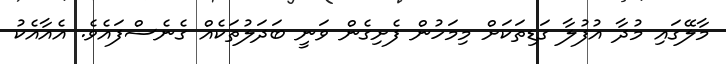
މާލޭގައި މުދާ އުފުލާ ގަޑިތަކަށް މިމަހުން ފެށިގެން ވަނީ ބަދަލުތަކެއް ގެނެސްފައެވެ. އެއާއެކު